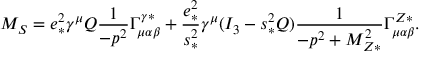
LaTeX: { \cal M } _ { S } = e _ { * } ^ { 2 } \gamma ^ { \mu } Q \frac { 1 } { - p ^ { 2 } } \Gamma _ { \mu \alpha \beta } ^ { \gamma * } + \frac { e _ { * } ^ { 2 } } { s _ { * } ^ { 2 } } \gamma ^ { \mu } ( I _ { 3 } - s _ { * } ^ { 2 } Q ) \frac { 1 } { - p ^ { 2 } + M _ { Z * } ^ { 2 } } \Gamma _ { \mu \alpha \beta } ^ { Z * } .